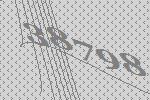
38798